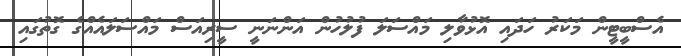
އެސްބީޓީން މަކަރު ހަދައި އޮޅުވާލި މައްސަލަ ފުލުހުން އަންނަނީ ސީރިއަސް މައްސަލައެއްގެ ގޮތުގައި